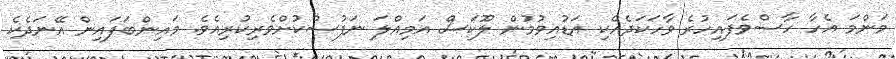
މަންމަ އެހާ ހާސްވެފައިހުރެ ވާހަކަދެއްކި އަޑުއިވުމުން ލޫކަސް އަމިއްލަ ނަފުސްކުށްވެރިކުރިއެވެ. މައިންބަފައިން އޭނަދެކެ